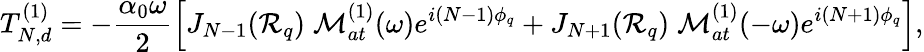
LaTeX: T_{N,d}^{(1)}=-\frac{\alpha_{0}\omega}{2}\left[J_{N-1}({\cal R}_{q})\; {\cal M}_{at}^{(1)}(\omega)e^{i(N-1)\phi_{q}}+J_{N+1}({\cal R}_{q})\; {\cal M}_{at}^{(1)}(-\omega)e^{i(N+1)\phi_{q}}\right],